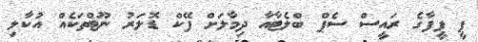
ޕީ ފީފާގެ ރައީސް ސެޕް ބްލެޓާއާ ދިމާލަށް ފޭކް ޑޮލަރު ނޫޓްތަކެއް އުކާލި